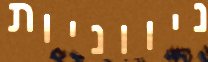
ניווניות